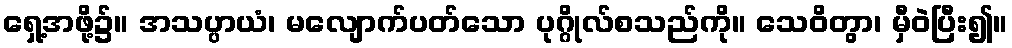
ရှေ့အဖို့၌။ အသပ္ပာယံ၊ မလျောက်ပတ်သော ပုဂ္ဂိုလ်စသည်ကို။ သေဝိတွာ၊ မှီဝဲပြီး၍။